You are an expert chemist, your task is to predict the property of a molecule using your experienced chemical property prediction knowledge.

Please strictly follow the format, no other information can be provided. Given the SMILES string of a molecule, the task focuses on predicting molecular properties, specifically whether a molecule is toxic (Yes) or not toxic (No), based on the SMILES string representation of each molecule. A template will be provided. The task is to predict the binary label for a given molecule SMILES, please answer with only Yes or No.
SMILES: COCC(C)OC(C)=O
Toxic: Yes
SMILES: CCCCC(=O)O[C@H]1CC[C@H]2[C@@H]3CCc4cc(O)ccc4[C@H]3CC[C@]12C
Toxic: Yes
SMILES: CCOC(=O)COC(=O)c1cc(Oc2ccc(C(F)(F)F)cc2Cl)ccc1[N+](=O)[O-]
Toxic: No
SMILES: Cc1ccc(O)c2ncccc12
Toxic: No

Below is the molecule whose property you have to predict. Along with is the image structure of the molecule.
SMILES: O=C([O-])CN(CCN(CC(=O)[O-])CC(=O)[O-])CC(=O)[O-].[Fe+3]
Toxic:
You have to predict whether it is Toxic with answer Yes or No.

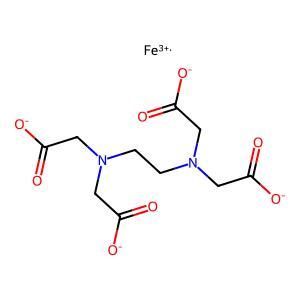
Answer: No